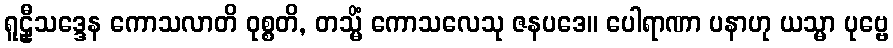
ရူဠှီသဒ္ဒေန ကောသလာတိ ဝုစ္စတိ, တသ္မိံ ကောသလေသု ဇနပဒေ။ ပေါရာဏာ ပနာဟု ယသ္မာ ပုဗ္ဗေ